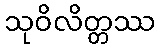
သုဝိလိတ္တဿ